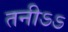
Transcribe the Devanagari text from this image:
तनीऽऽ